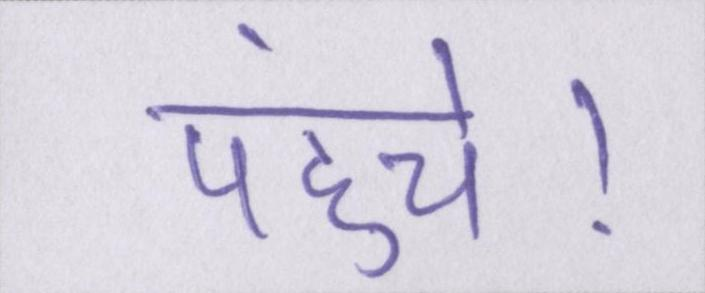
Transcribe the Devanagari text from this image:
पहुंचे।